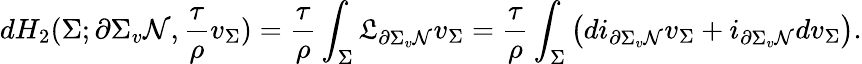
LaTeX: dH_{2}(\Sigma;\partial\Sigma_{v}\mathcal{N},\frac{\tau}{\rho}v_{\Sigma})=\frac{\tau}{\rho}\int_{\Sigma}\mathfrak{L}_{\partial\Sigma_{v}\mathcal{N}}v_{\Sigma}=\frac{\tau}{\rho}\int_{\Sigma}\big(di_{\partial\Sigma_{v}\mathcal{N}}v_{\Sigma}+i_{\partial\Sigma_{v}\mathcal{N}}dv_{\Sigma}\big).